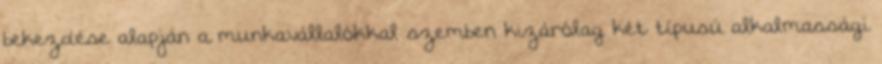
bekezdése alapján a munkavállalókkal szemben kizárólag két típusú alkalmassági